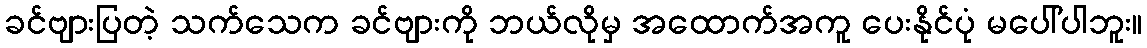
ခင်ဗျားပြတဲ့ သက်သေက ခင်ဗျားကို ဘယ်လိုမှ အထောက်အကူ ပေးနိုင်ပုံ မပေါ်ပါဘူး။